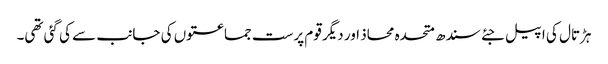
ہڑتال کی اپیل جئے سندھ متحدہ محاذ اور دیگر قوم پرست جماعتوں کی جانب سے کی گئی تھی۔